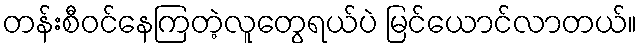
တန်းစီဝင်နေကြတဲ့လူတွေရယ်ပဲ မြင်ယောင်လာတယ်။